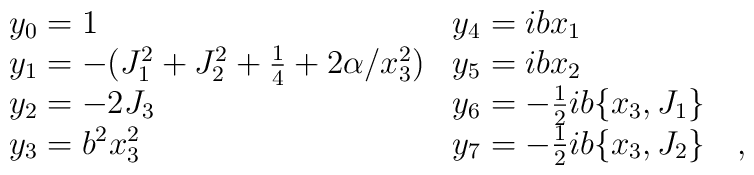
\begin{array}{ll}y_0=1 & y_4= ibx_1 \\y_1=-(J_1^2 + J_2^2 + \frac{1}{4} + 2 \alpha /x_3^2) &y_5=ibx_2 \\y_2= -2J_3 & y_6= - \frac{1}{2}ib \{ x_3, J_1 \} \\y_3=b^2x_3^2 & y_7=-\frac{1}{2}ib \{ x_3, J_2 \} \quad ,\end{array}